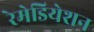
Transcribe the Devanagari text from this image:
रेमेडियेशन